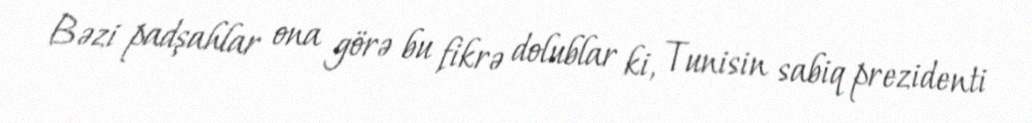
Bəzi padşahlar ona görə bu fikrə dolublar ki, Tunisin sabiq prezidenti